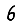
Digit: 6